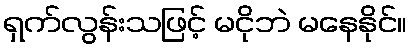
ရှက်လွန်းသဖြင့် မငိုဘဲ မနေနိုင်။